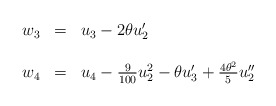
\begin{align*}\begin{array}{lcl}w_{3}&=&u_{3}-2\theta u'_{2}\\ \\w_{4}&=&u_{4}-\frac{9}{100}u^{2}_2-\theta u'_{3}+\frac{{4\theta^{2}}}{5}u''_{2} \\ \\\end{array}\end{align*}